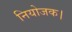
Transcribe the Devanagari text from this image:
नियोजक।